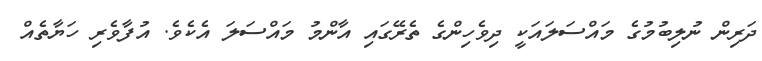
ދަރިން ނުލިބުމުގެ މަައްސަލައަކީ ދިވެހިންގެ ތެރޭގައި އާންމު މައްސަލަ އެކެެވެ. އުފާވެރި ހަޔާތެއް